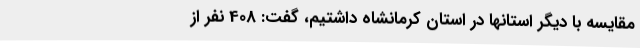
مقایسه با دیگر استانها در استان کرمانشاه داشتیم، گفت: 408 نفر از